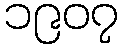
၁၉၀၇